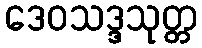
ဒေဝသဒ္ဒသုတ္တ